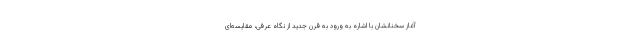
آغاز سخنانشان با اشاره به ورود به قرن جدید از نگاه عرفی، مقایسه‌ای